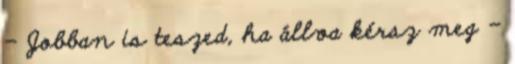
- Jobban is teszed, ha állva kérsz meg -